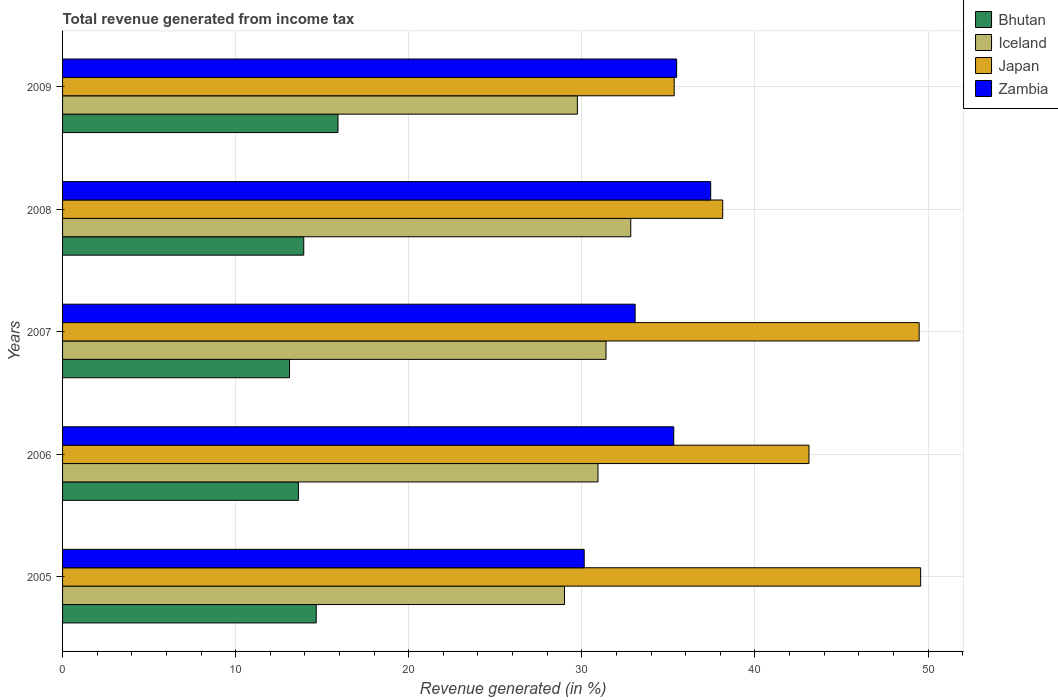
| Years | Bhutan | Iceland | Japan | Zambia |
 | --- | --- | --- | --- | --- |
 | 2005 | 14.7 | 29 | 49.6 | 30.1 |
 | 2006 | 13.6 | 30.9 | 43.1 | 35.3 |
 | 2007 | 13.1 | 31.4 | 49.5 | 33.1 |
 | 2008 | 13.9 | 32.8 | 38.1 | 37.4 |
 | 2009 | 15.9 | 29.7 | 35.3 | 35.5 |